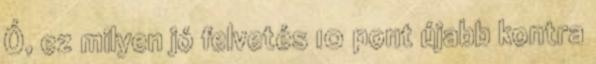
Ó, ez milyen jó felvetés 10 pont újabb kontra